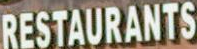
RESTAURANTS